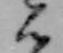
ん